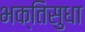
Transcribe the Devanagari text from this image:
भक्तिसुधा